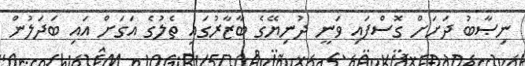
ނިޞާބު ދަށަށް ގޮސްފައި ވަނީ ދުނިޔޭގެ ބާޒާރުގައި ތެލުގެ އަގަށް އައި ބަދަލުން